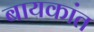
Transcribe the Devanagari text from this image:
बायकांत